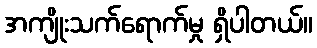
အကျိုးသက်ရောက်မှု ရှိပါတယ်။